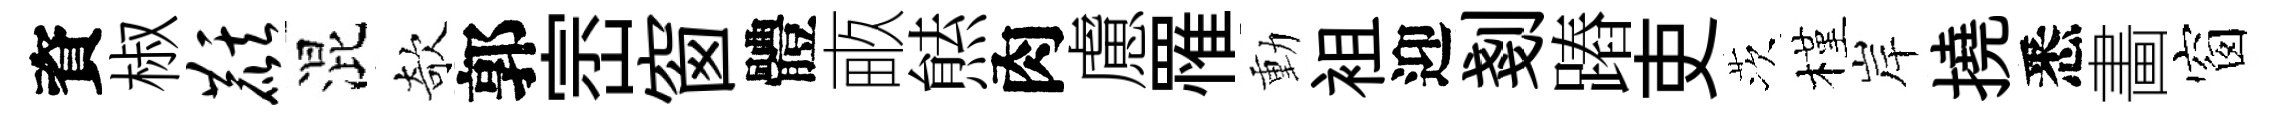
資椒麒混欹郭崈窗體畞㷱肉慮罹動袓迎剗蹖吏茨槿岸撓悉畵窗